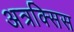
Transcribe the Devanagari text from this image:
अत्रक्सिस